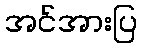
အင်အားပြ